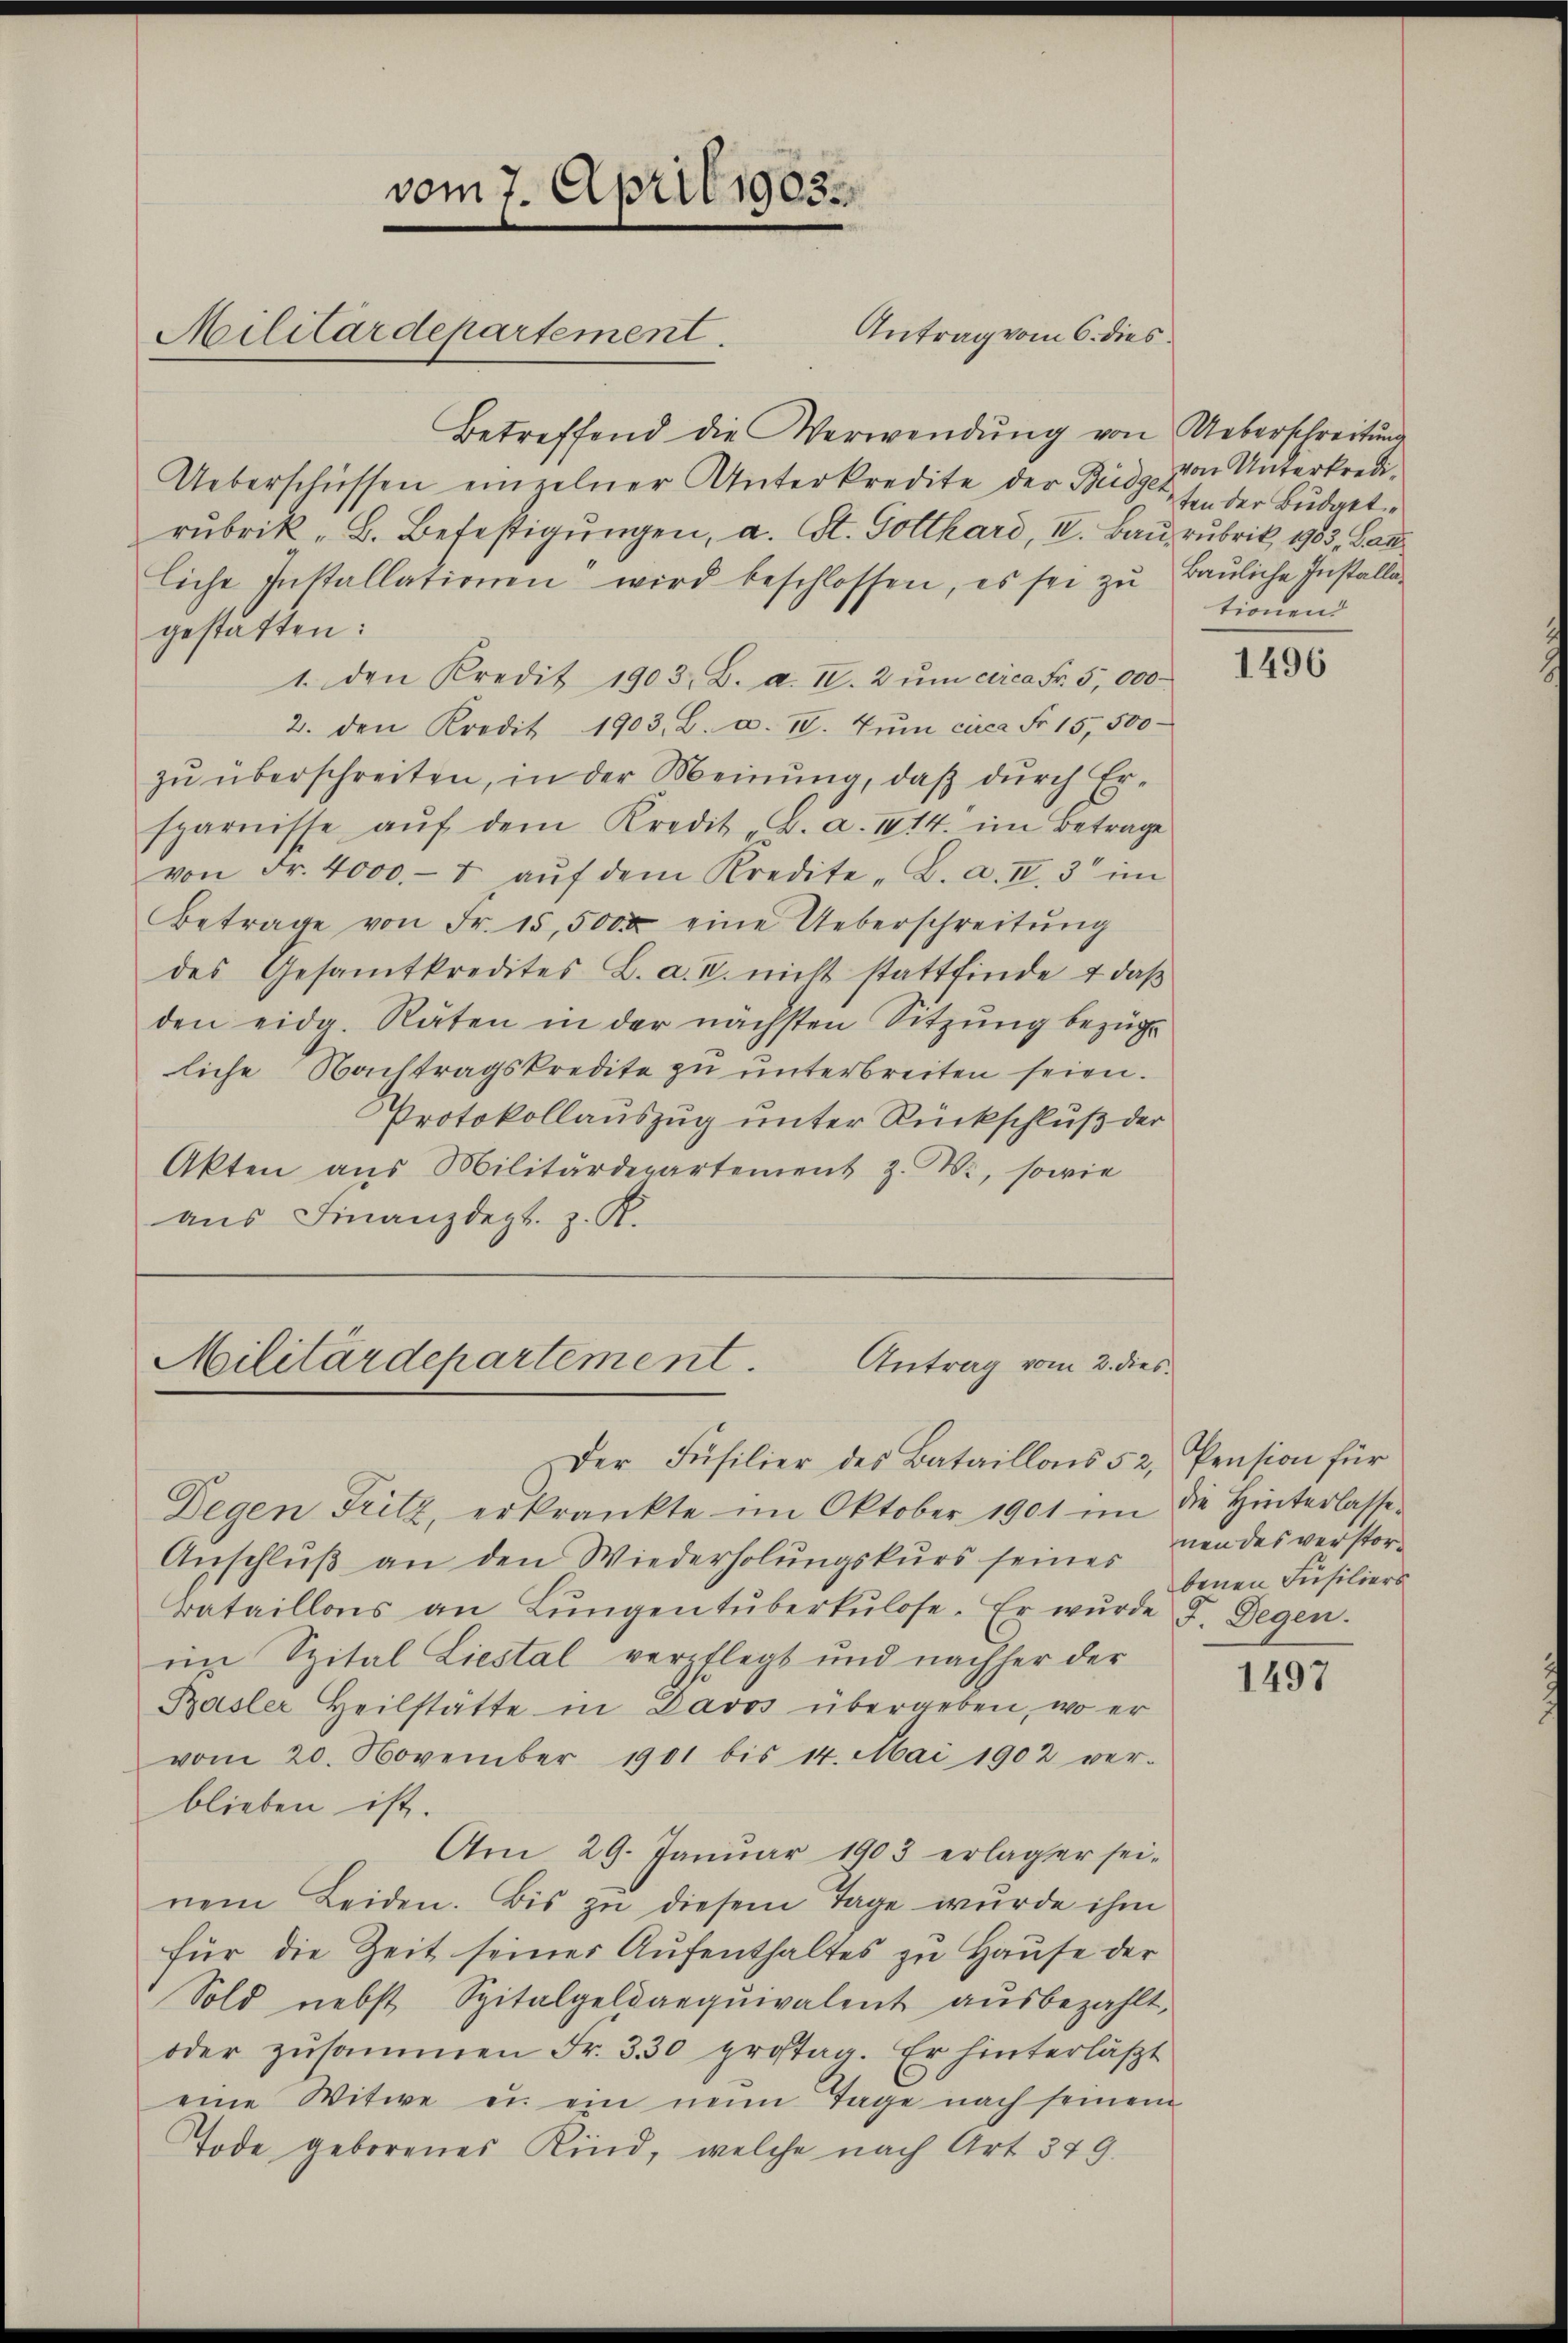
vom 7. April 1903.
Militärdepartement.

Betreffend die Verwendung von Ueberschreitung
Ueberschüssen einzelner Unterkredite der Büdge von Unterkredirubrik „B. Befestigungen, a. St. Gotthard, II. Baurubrik, 1903, Bauliche Installationen wird beschlossen, es sei zu Bauliche Installagestatten:
1. den Kredit 1903. B. a. IV. 2 ŭm circa Fr. 5 000
2. den Kredit 1903. B. a. IV. Jŭni circa Fr. 15,500
zŭ überschreiten, in der Meinung, daβ dŭrch Ersparnisse aŭf dem Kredit „B. a. II 14. im Betrage
von Fr. 4000.- aŭf dem Kredite "L. a. II. 3 im
Betrage von Fr. 15,5000 eine Ueberschreitung
des Gesamtkredites L. a. u. nicht stattfinde & daß
den eidg. Räten in der nächsten Sitzung bezüg
liche Nachtragskredite zu unterbreiten seien.
Protokollauszug unter Rückschluß der
Akten aus Militärdepartement z. B., sowie
aus Finanzdept. z. K.

Antrag vom 6. dies

Militärdepartement.
Antrag vom 2. dies

Der Füsilier des Bataillons 52, Pension für
Degen Fritz, erkränkte im Oktober 1901 im die Hinterlasse
Anschlŭβ an den Wiederholŭngskurs seines nendesverstor-
Bataillons an Lŭngen tŭberkulose. Er wurde d. Gegen.
im Spital Liestal verpflegt und nachher der
Basler Heilstätte in Davos übergeben, wo er
vom 20. November 1901 bis 14. Mai 1902 ver-
blieben ist.
Am 29. Januar 1903 erlager sei.
nem Leiden. Bis zŭ diesem Tage wurde ihm
für die Zeit seiner Aufenthaltes zu Hause der
Sold nebst Spitalgeld aequivalent aŭsbezahlt,
oder zusammen Fr. 330 prostag. Er hinterläßt
eine Witwe u. ein nein Tage nach seinem
Tode geborenes Kind, welche nach Art. 349.

ten der Budgettionend

1496

benen Füsiliers

1497